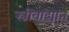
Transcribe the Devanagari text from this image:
स्त्रीवाद्यात